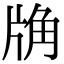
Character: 𧣉